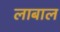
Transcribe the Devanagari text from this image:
लाबाल